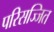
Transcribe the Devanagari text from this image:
परिसज्जित